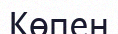
Көпен